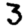
Digit: 3